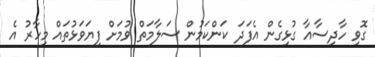
ގޮވި ހާދިސާއާ ގުޅިގެން އެފަދަ ކަންކަމުން ސަލާމަތް ވުމަށް ފިޔަވަޅުތައް މިހާރު އެ